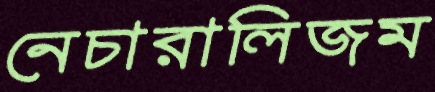
নেচারালিজম